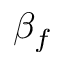
\beta _ { f }